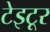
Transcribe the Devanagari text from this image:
टेइटूर